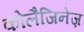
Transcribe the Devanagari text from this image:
कोलैजिनेज़